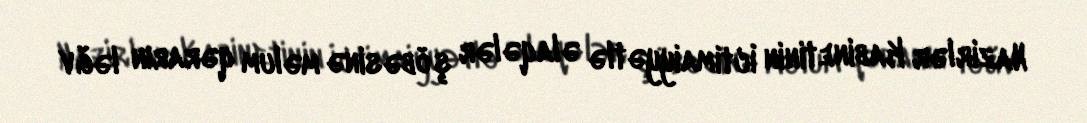
Nazirlər Kabinetinin İctimaiyyətlə əlaqələr şöbəsinə məlum qərarın ləğv